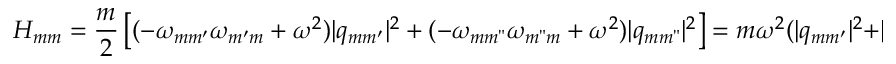
H _ { m m } = \frac { m } { 2 } \left[ ( - \omega _ { m m ^ { \prime } } \omega _ { m ^ { \prime } m } + \omega ^ { 2 } ) | q _ { m m ^ { \prime } } | ^ { 2 } + ( - \omega _ { m m " } \omega _ { m " m } + \omega ^ { 2 } ) | q _ { m m " } | ^ { 2 } \right] = m \omega ^ { 2 } ( | q _ { m m ^ { \prime } } | ^ { 2 } + | q _ { m m " } | ^ { 2 } ) .